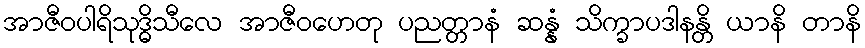
အာဇီဝပါရိသုဒ္ဓိသီလေ အာဇီဝဟေတု ပညတ္တာနံ ဆန္နံ သိက္ခာပဒါနန္တိ ယာနိ တာနိ